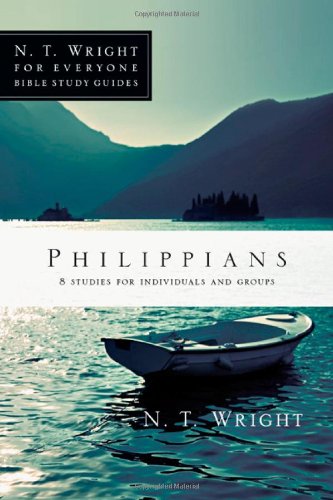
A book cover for Philippians (N.T. Wright for Everyone Bible Study Guides); N. T. Wright; Christian Books & Bibles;